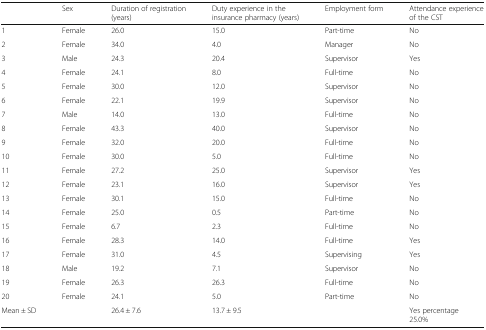
<table><thead><tr><td></td><td><b>Sex</b></td><td><b>Duration of registration (years)</b></td><td><b>Duty experience in the insurance pharmacy (years)</b></td><td><b>Employment form</b></td><td><b>Attendance experience of the CST</b></td></tr></thead><tbody><tr><td>1</td><td>Female</td><td>26.0</td><td>15.0</td><td>Part-time</td><td>No</td></tr><tr><td>2</td><td>Female</td><td>34.0</td><td>4.0</td><td>Manager</td><td>No</td></tr><tr><td>3</td><td>Male</td><td>24.3</td><td>20.4</td><td>Supervisor</td><td>Yes</td></tr><tr><td>4</td><td>Female</td><td>24.1</td><td>8.0</td><td>Full-time</td><td>No</td></tr><tr><td>5</td><td>Female</td><td>30.0</td><td>12.0</td><td>Supervisor</td><td>No</td></tr><tr><td>6</td><td>Female</td><td>22.1</td><td>19.9</td><td>Supervisor</td><td>No</td></tr><tr><td>7</td><td>Male</td><td>14.0</td><td>13.0</td><td>Full-time</td><td>No</td></tr><tr><td>8</td><td>Female</td><td>43.3</td><td>40.0</td><td>Supervisor</td><td>No</td></tr><tr><td>9</td><td>Female</td><td>32.0</td><td>20.0</td><td>Full-time</td><td>No</td></tr><tr><td>10</td><td>Female</td><td>30.0</td><td>5.0</td><td>Full-time</td><td>No</td></tr><tr><td>11</td><td>Female</td><td>27.2</td><td>25.0</td><td>Supervisor</td><td>Yes</td></tr><tr><td>12</td><td>Female</td><td>23.1</td><td>16.0</td><td>Supervisor</td><td>Yes</td></tr><tr><td>13</td><td>Female</td><td>30.1</td><td>15.0</td><td>Full-time</td><td>No</td></tr><tr><td>14</td><td>Female</td><td>25.0</td><td>0.5</td><td>Part-time</td><td>No</td></tr><tr><td>15</td><td>Female</td><td>6.7</td><td>2.3</td><td>Full-time</td><td>No</td></tr><tr><td>16</td><td>Female</td><td>28.3</td><td>14.0</td><td>Full-time</td><td>Yes</td></tr><tr><td>17</td><td>Female</td><td>31.0</td><td>4.5</td><td>Supervising</td><td>Yes</td></tr><tr><td>18</td><td>Male</td><td>19.2</td><td>7.1</td><td>Supervisor</td><td>No</td></tr><tr><td>19</td><td>Female</td><td>26.3</td><td>26.3</td><td>Full-time</td><td>No</td></tr><tr><td>20</td><td>Female</td><td>24.1</td><td>5.0</td><td>Part-time</td><td>No</td></tr><tr><td>Mean ± SD</td><td></td><td>26.4 ± 7.6</td><td>13.7 ± 9.5</td><td></td><td>Yes percentage25.0%</td></tr></tbody></table>